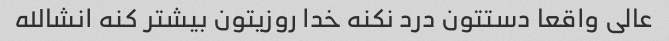
عالی واقعا دستتون درد نکنه خدا روزیتون بیشتر کنه انشالله